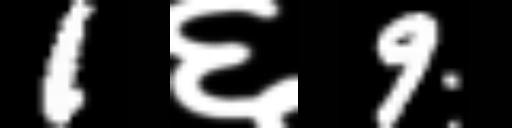
Text: 1६9